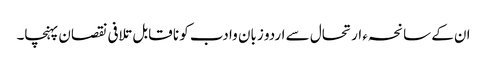
ان کے سانحہء ارتحال سے اردو زبان وا دب کو نا قابل تلافی نقصان پہنچا۔